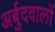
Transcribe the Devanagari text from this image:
अर्बुदवालों